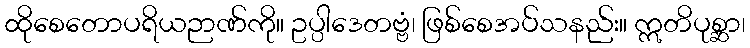
ထိုစေတောပရိယဉာဏ်ကို။ ဥပ္ပါဒေတဗ္ဗံ၊ ဖြစ်စေအပ်သနည်း။ ဣတိပုစ္ဆာ၊